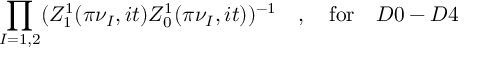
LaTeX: \prod _ { I = 1 , 2 } ( Z _ { 1 } ^ { 1 } ( \pi \nu _ { I } , i t ) Z _ { 0 } ^ { 1 } ( \pi \nu _ { I } , i t ) ) ^ { - 1 } \quad , \quad \mathrm { f o r } \quad D 0 - D 4